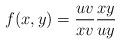
LaTeX: \begin{align*}f(x,y)=\frac {uv}{xv}\frac {xy}{uy}\end{align*}